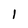
Character: 1